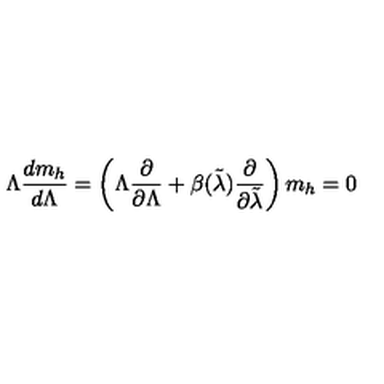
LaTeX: \Lambda \frac { d m _ { h } } { d \Lambda } = \left( \Lambda \frac { \partial } { \partial \Lambda } + \beta ( \tilde { \lambda } ) \frac { \partial } { \partial \tilde { \lambda } } \right) m _ { h } = 0